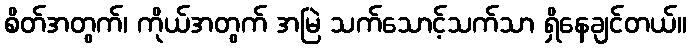
စိတ်အတွက်၊ ကိုယ်အတွက် အမြဲ သက်သောင့်သက်သာ ရှိနေချင်တယ်။